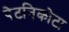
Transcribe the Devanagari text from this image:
पेटनिकोटा